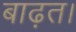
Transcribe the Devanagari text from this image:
बाढ़त।